Bombay plague: being a history of the progress of plague in the Bombay presidency from September 1896 to June 1899
Year: 1896
Disease focus: Plague
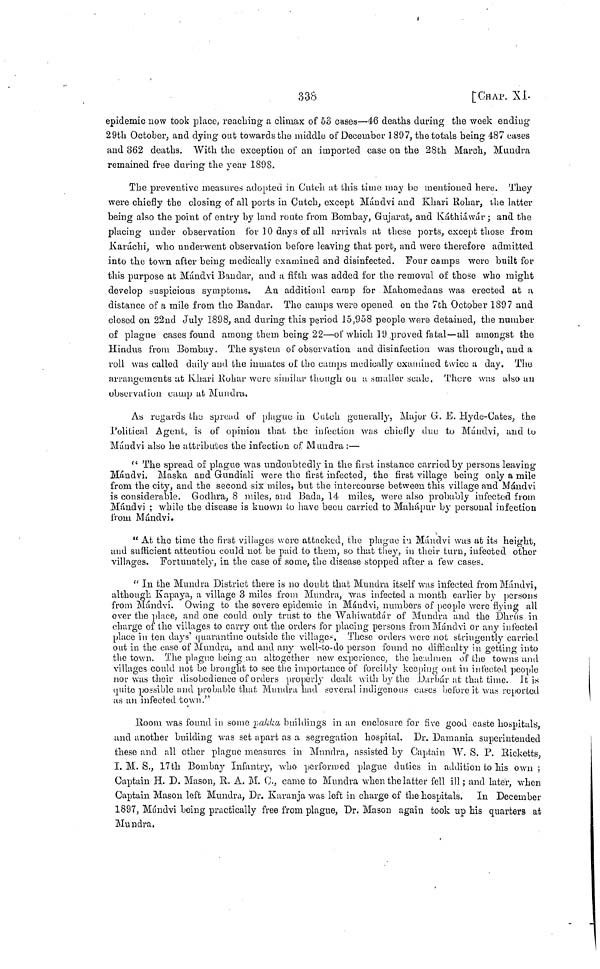
336
[CHAP. XL
epidemic now took place, reaching a climax of 53 cases—46 deaths daring the week ending
29th October, and dying out towards the middle of December 1897, the totals being 487 cases
and 362 deaths. With the exception of an imported case on the 28th March, Mundra
remained free daring the year 1898.
The preventive measures adopted in Cutch at this time may be mentioned hero. They
were chiefly the closing of all ports in Cutch, except Mándvi and Khari Rohar, the latter
being also the point of entry by land route from Bombay, Gujarat, and Káthiáwár ; and the
placing under observation for 10 days of all arrivals at these ports, except those from
Karachi, who underwent observation before leaving that port, and were therefore admitted
into the town after being medically examined and disinfected. Four camps were built for
this purpose at Mándvi Bandar, and a fifth was added for the removal of those who might
develop suspicious symptoms. An additionl camp for Mahomedans was erected at a
distance of a mile from the Bandar. The camps were opened on the 7th October 1897 and
closed on 22nd July 1898, and during this period 15,958 people were detained, the number
of plague cases found among them being 22—of which 19 proved fatal—all amongst the
Hindus from Bombay. The system of observation and disinfection was thorough, and a
roll was called daily and the inmates of the camps medically examined twice a day. The
arrangements at Khari Rohar were similar though on a smaller scale. There was also an
observation camp at Mundra.
As regards the spread of plague in Catch generally, Major G. E. Hyde-Cates, the
Political Agent, is of opinion that the infection was chiefly due to Mándvi, and to
Mándvi also he attributes the infection of Mundra:—
" The spread of plague was undoubtedly in the first instance carried by persons leaving
Mándvi. Maska and Gundiali were the first infected, the first village being only a mile
from the city, and the second six miles, but the intercourse between this village and Mándvi
is considerable. Godhra, 8 miles, and Bada, 14 miles, were also probably infected from
Mándvi ; while the disease is known to have been carried to Mahápur by personal infection
from Mándvi.
" At the time the first villages were attacked, the plague in Mándvi was at its height,
and sufficient attention could not be paid to them, so that they, in their turn, infected other
villages. Fortunately, in the case of some, the disease stopped after a few cases.
" In the Mundra District there is no doubt that Mundra itself was infected from Mándvi,
although Kapaya, a village 3 miles from Mundra, was infected a month earlier by persons
from Mándvi. Owing to the severe epidemic in Mándvi, numbers of people were flying all
over the place, and one could only trust to the Wahiwatdár of Mundra and the Dhrus in
charge of the villages to carry out the orders for placing persons from Mándvi or any infected
place in ten days' quarantine outside the villages. These orders were not stringently carried
out in the case of Mundra, and and any well-to-do person found no difficulty in getting into
the town. The plague being an altogether new experience, the headmen of the towns and
villages could not be brought to see the importance of forcibly keeping out in infected people
nor was their disobedience of orders properly dealt with by the Darbár at that time. It is
quite possible and probable that Mundra had several indigenous cases before it was reported
as an infected town."
Room was found in some pakka buildings in an enclosure for five good caste hospitals,
and another building was set apart as a segregation hospital. Dr. Damania superintended
these and all other plague measures in Mundra, assisted by Captain W. S. P. Ricketts,
I. M. S., 17th Bombay Infantry, who performed plague duties in addition to his own ;
Captain H. D. Mason, R. A. M. C., came to Mundra when the latter fell ill; and later, when
Captain Mason left Mundra, Dr. Karanja was left in charge of the hospitals. In December
1897, Mándvi being practically free from plague, Dr. Mason again took up his quarters at
Mundra.